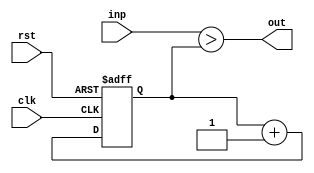
module PWM(clk, rst, inp, out);
input clk, rst;
input[7:0] inp;
output out;

reg[7:0] counter;

always @(posedge clk, posedge rst) begin
    if(rst) counter = 1'd0;
    else counter = counter + 1'd1;
end

assign out = inp > counter;
endmodule